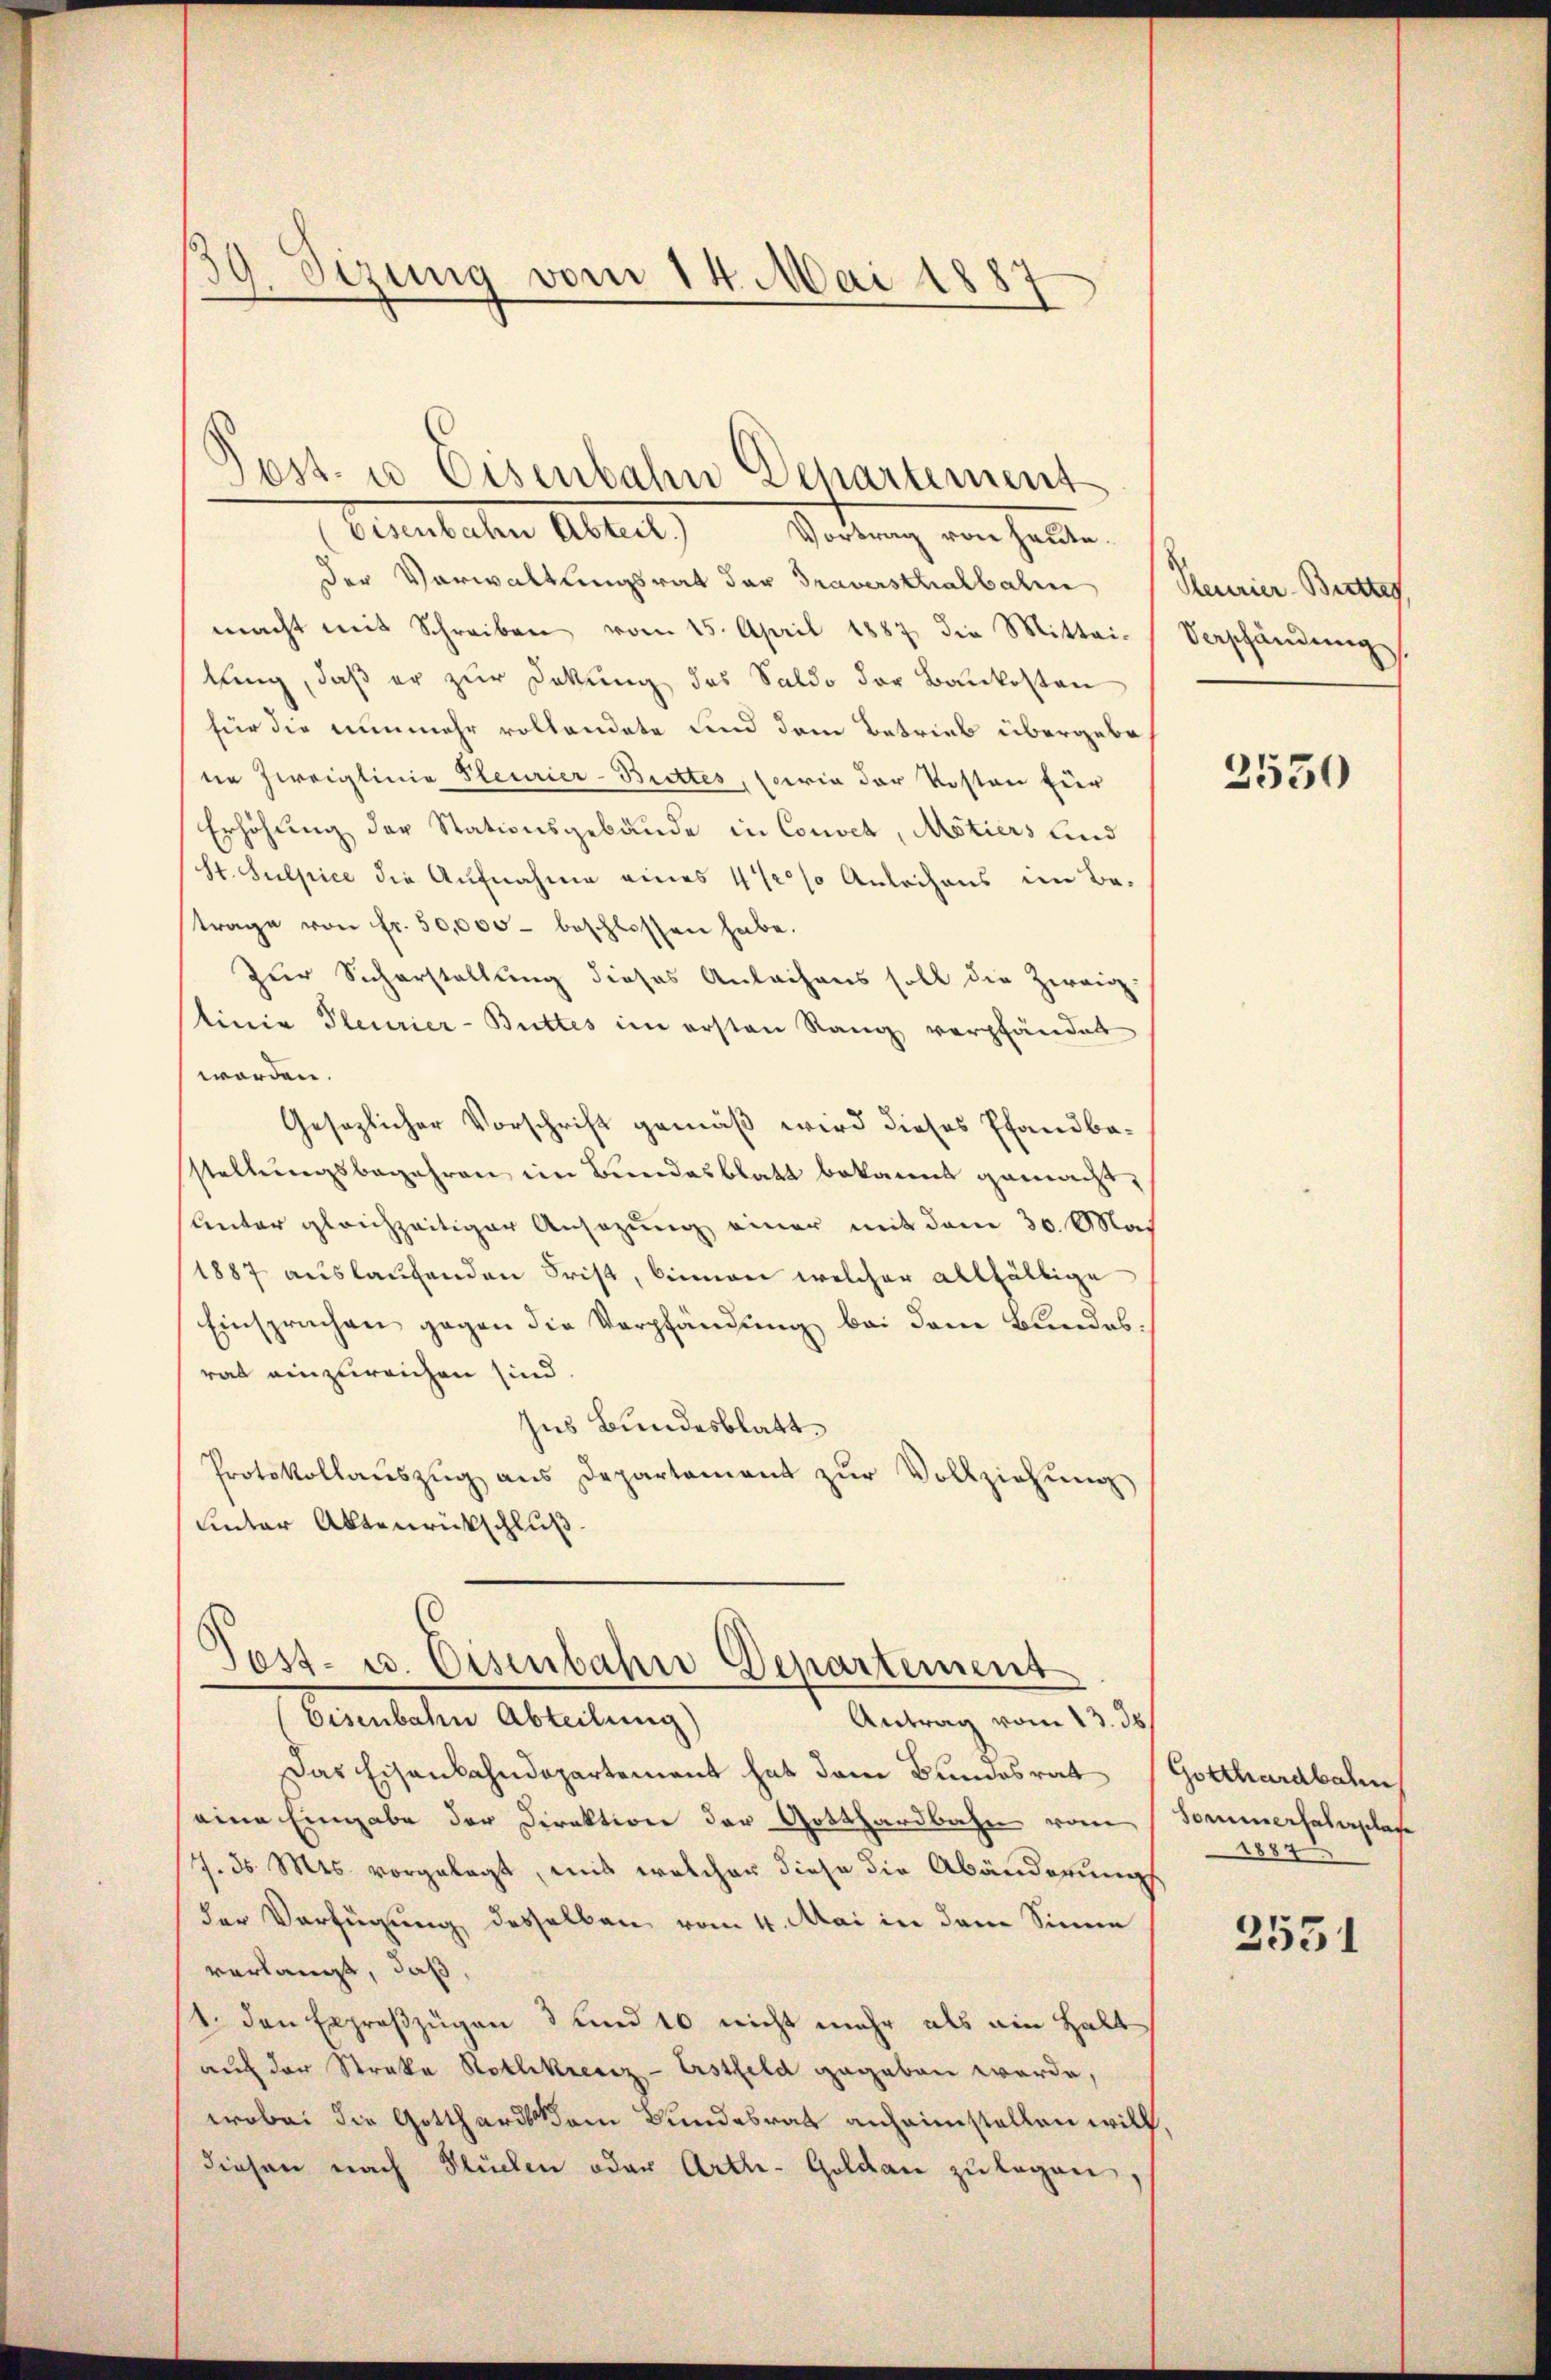
59. Sizung vom 14. Mai 1887

Gemuteten Abrut
Vodung von hatte.
der Vorwaltungsrat der Traversthalbahre
macht mit Schreiben vom 15. April 1887 die Mittei-
lung, daß er zur Dekŭng des Saldo der Baukosten
für die nunmehr rollandate und dem Betrieb übergebene Zweiglinie Pleurier-Brettes, sowie der Kosten für
Erhöhung der Stationsgebäude in Convet, Motiers lind
St. Sulpice die Aufnahme eines 42 so Anleihens im Be-
trage von fr. 50,000 - beschlossen habe.
Zur Sicherstellung dieses Anleihens soll die Zweig-
tinie Pleurier-Buttes im ersten Rang verpfändet
worden.
Gesezlicher Vorschrift gemäß wird dieses Pfandbastellungsbegehren im Bundesblatt bekannt gemacht,
Unter gleichzeitiger Ansezung einer mit dem 30. Mai
1887 auslaufenden Frist, binnen welcher allfällige
Einsprachen gegen die Verpfändung bei dem Bundesrat einzureichen sind
Ins Bundesblatt
Protokollaŭszŭg ans Departement zŭr Vollziehŭng
uinter Aktenrückschluß

Post- u Eisenbahn Departement

Post- u. Eisenbahn Departement
Eisenbahn Abteilung)
Antrag vom 13. 35

Das Eisenbahndepartement hat dem Bundesrat Gotthardbahn
eine Eingabe der Direktion der Gotthardbahn vom Sommerfahrplase
7. d. Mts. vorgelegt, mit welcher diese die Abänderungs
der Verfügung desselben vom 4. Mai in dem Sinne
verlangt, daß,
1. den Exproßzügen 3 und 10 nicht mehr als ein Halt
auf der Straka Rothkreuz-Erstfeld gegeben werde,
wobei die Gotthards dem Bundesrat anheimstellen will,
diesen nach Stücken oder Arth-Goldau zu legen,

Reurier-Bretter
Verschändung
.

2550

288

2551